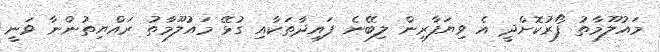
މައުލޫމާތު ފޯރުކޮށްދީ އެ ވިޔަފާރިން ލިބޭނެ ފައިދާތަކާއި ގުޅޭ މައުލޫމާތު ރައްޔިތުންނާ ވަނީ